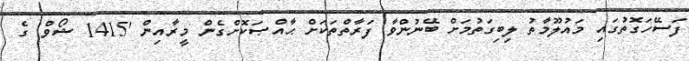
ފަސޭހަގޮތުގައި މައުލޫމާތު ލިބިގަތުމަށް ބޭނުންވާ ފަރާތްތަކަށް ޙާއްޞަކޮށްގެން މީރާއިން '1415 ޝޯވް' ގެ